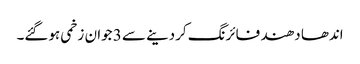
اندھا دھند فائرنگ کردینے سے 3 جوان زخمی ہوگئے۔